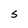
Character: S